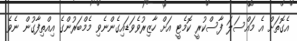
އެގޮތަށް އެ މައްސަލަ ފާސްކުރީ ކޮމެޓީ އަށް ހާޒިރުވެވަޑައިގެންނެވި މެމްބަރުންގެ އިއްތިފާގުން ނެވެ.